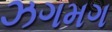
ઝગમગ